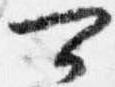
可